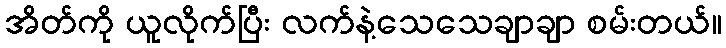
အိတ်ကို ယူလိုက်ပြီး လက်နဲ့သေသေချာချာ စမ်းတယ်။